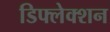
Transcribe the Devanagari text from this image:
डिफ्लेक्शन